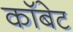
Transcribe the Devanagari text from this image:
कॉबेट